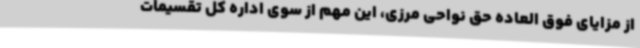
از مزایای فوق العاده حق نواحی مرزی، این مهم از سوی اداره کل تقسیمات